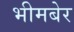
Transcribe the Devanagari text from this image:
भीमबेर